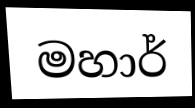
මහාර්